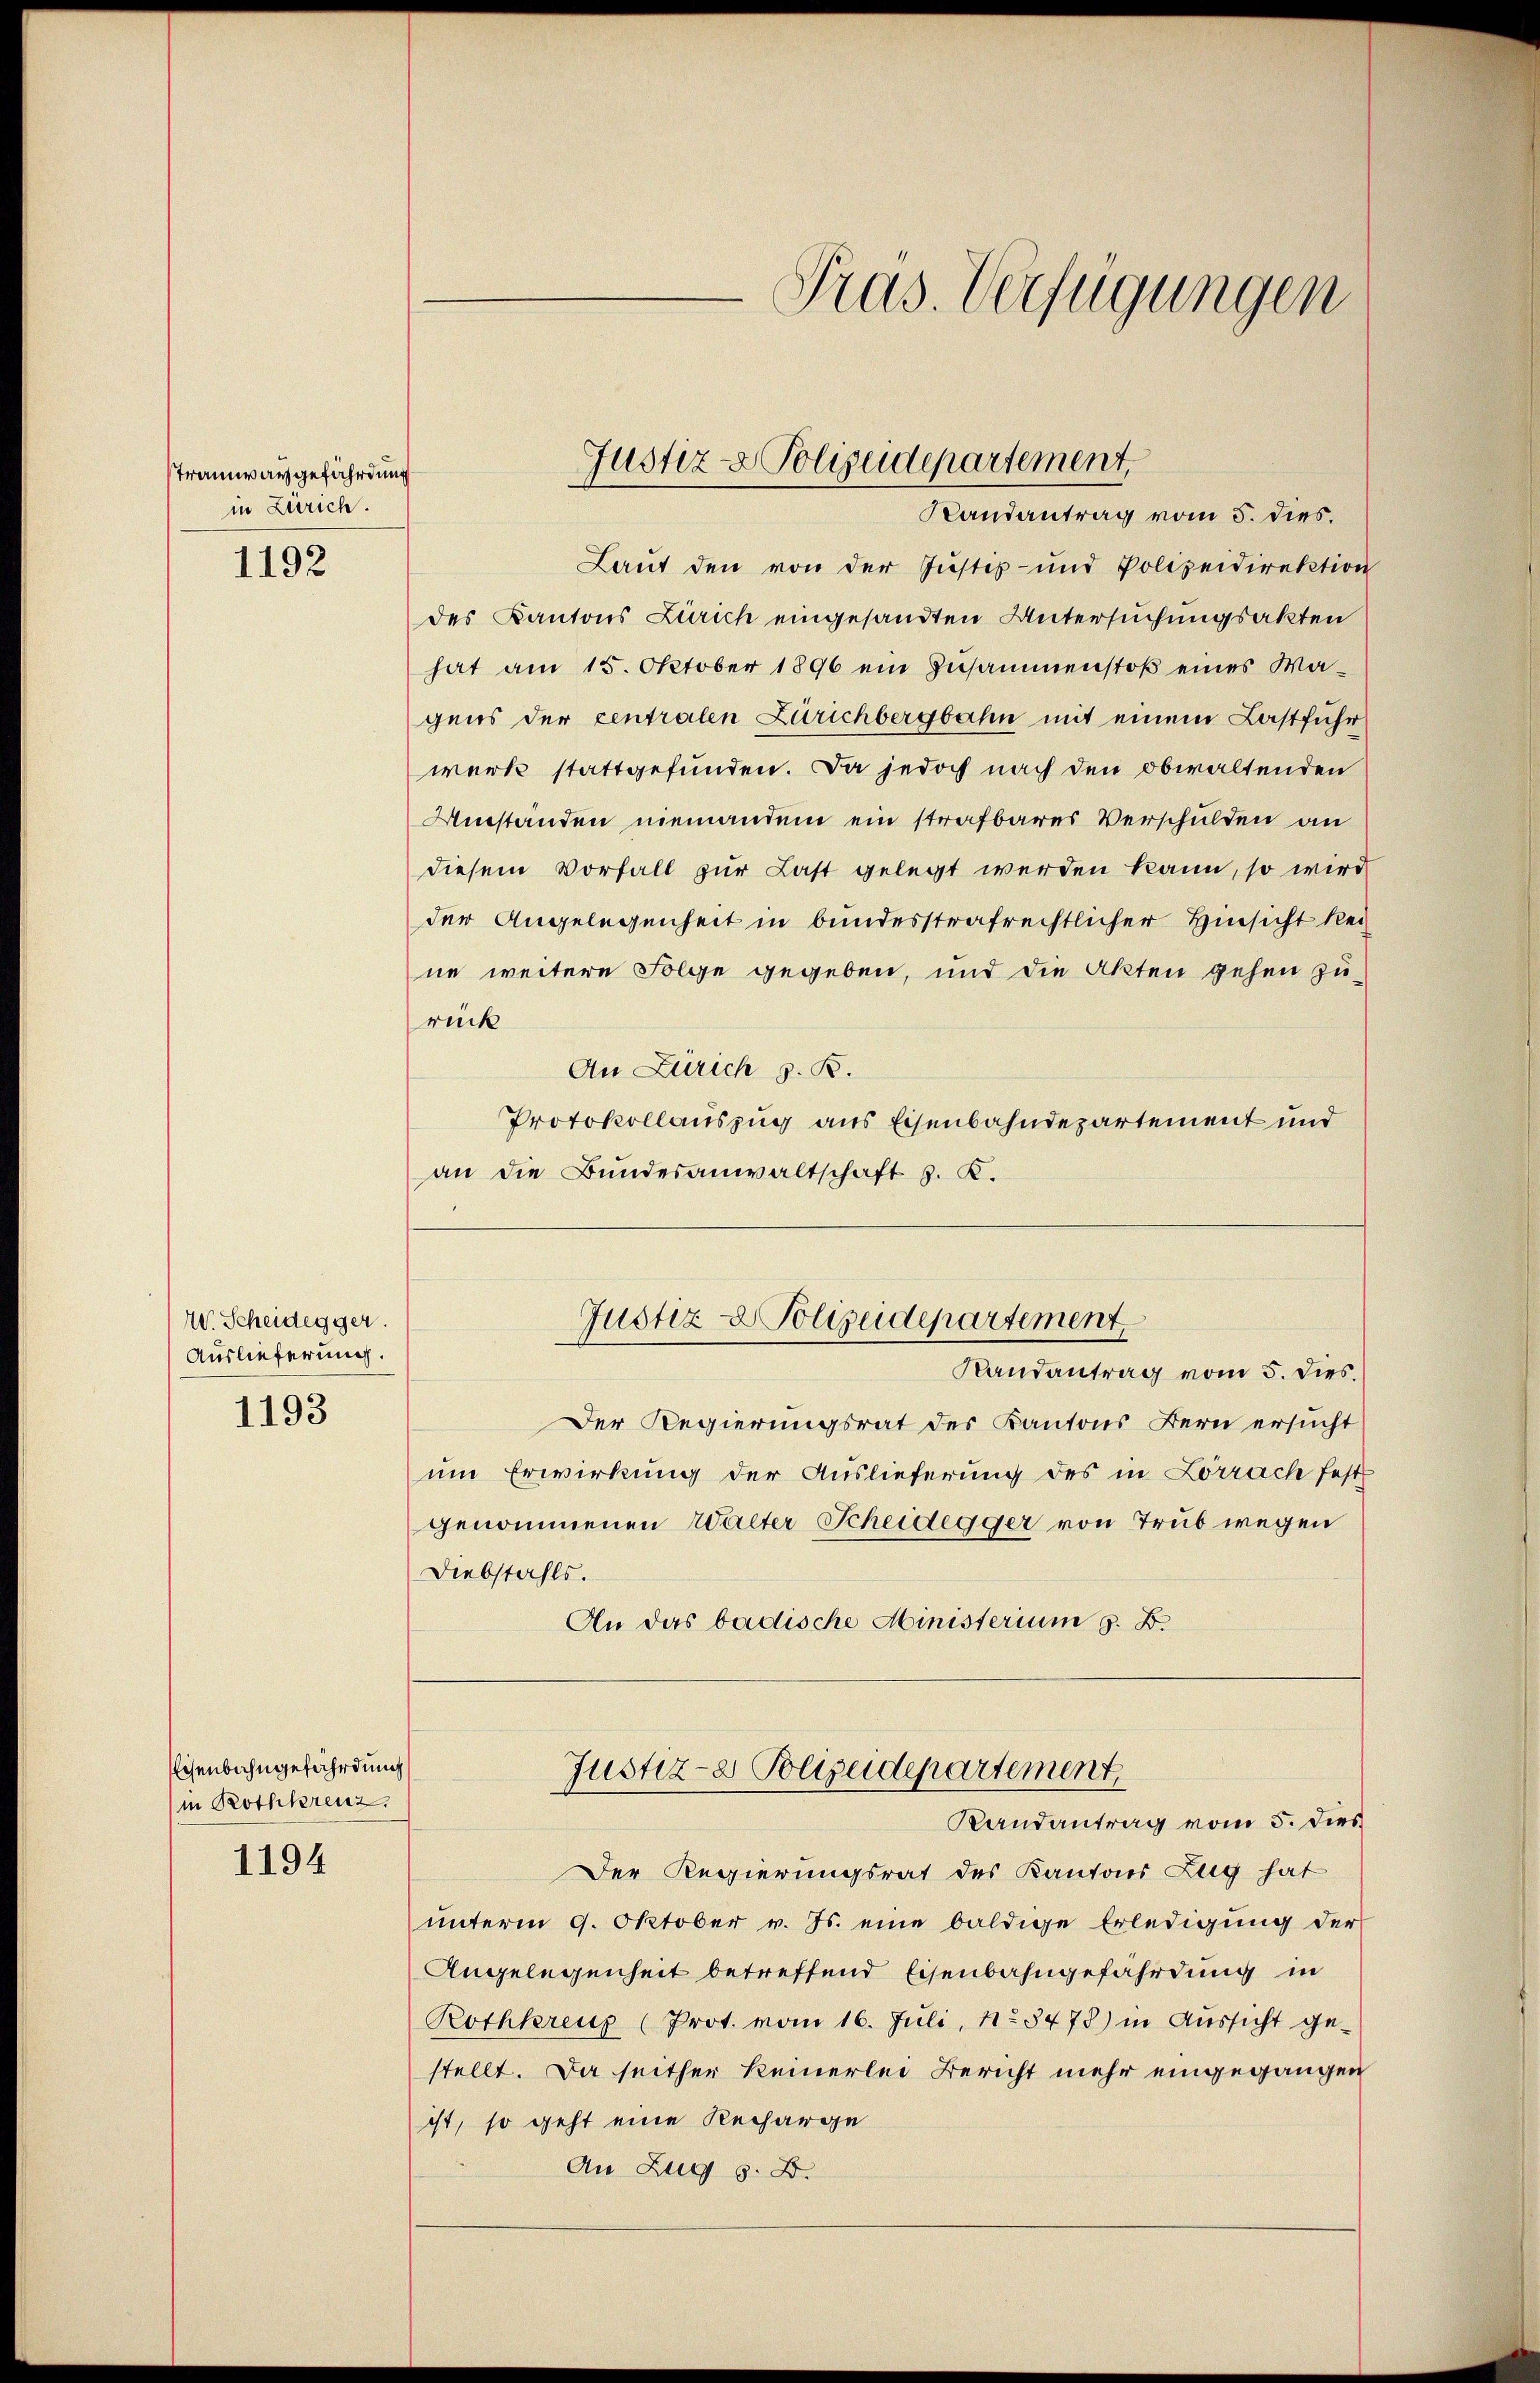
sTramwangefährdung
in Zürich.

1192

W. Scheidegger.
Auslieferung.

1193

Eisenbahngefährdung
in Rothkreuz

1194

Pras. Verfügungen

Laut den von der Justiz- und Polizeidirektion
des Kantons Zürich eingesandten Untersuchungsakten
hat am 15. Oktober 1896 ein Zusammenstoß eines Wagens der centralen Zürichbergbahn mit einem Lastfuhr
werk stattgefunden. Da jedoch nach den obwaltenden
Umstanden niemandem ein strafbares Verschulden an
diesem Vorfall zur Last gelegt werden kann, so wird
der Angelegenheit in bundesstrafrechtlicher Hinsicht kei
ne weitere Folge gegeben, und die Akten gehen zu-
rück
An Zürich z. B.
Protokollauszug aus Eisenbahndepartement und
an die Bundesanwaltschaft z. K.
Justiz- & Polizeidepartement
Randantrag vom 5. dies.
Der Regierungsrat des Kantons Bern ersucht
um Erwirkung der Auslieferung des in Lörrach fest
genommenen Walter Scheidegger von Trub wegen
Diebstahls.
An das badische Ministerium z. B.

Justiz- & Polizeidepartement.
Landantrag vom 5. dies.

Justiz- & Polizeidepartement,
Randantrag vom 5. Dies

Der Regierungsrat des Kantons Zug hat
unterm 9. Oktober v. Js. eine baldige Erledigung der
Angelegenheit betreffend Eisenbahngefährdung in
Rothkreuz (Prot. vom 16. Juli, No 3473) in Aussicht ge-
stellt. Da seither keinerlei Bericht mehr eingegangen
ist, so geht eine Recharge
An Zug s. B.